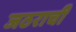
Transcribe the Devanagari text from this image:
जठराची